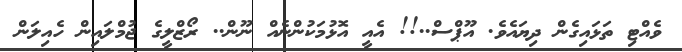
ވެއްޓި ތަޅައިގެން ދިޔައެވެ. އޫޕްސް..!! އެއީ އޮޅުމަކުންނެއް ނޫން.. ރޯޒްލީގެ ޖުމްލައިން ހެއިލަން